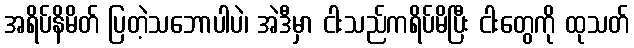
အရိပ်နိမိတ် ပြတဲ့သဘောပါပဲ၊ အဲဒီမှာ ငါးသည်ကရိပ်မိပြီး ငါးတွေကို ထုသတ်